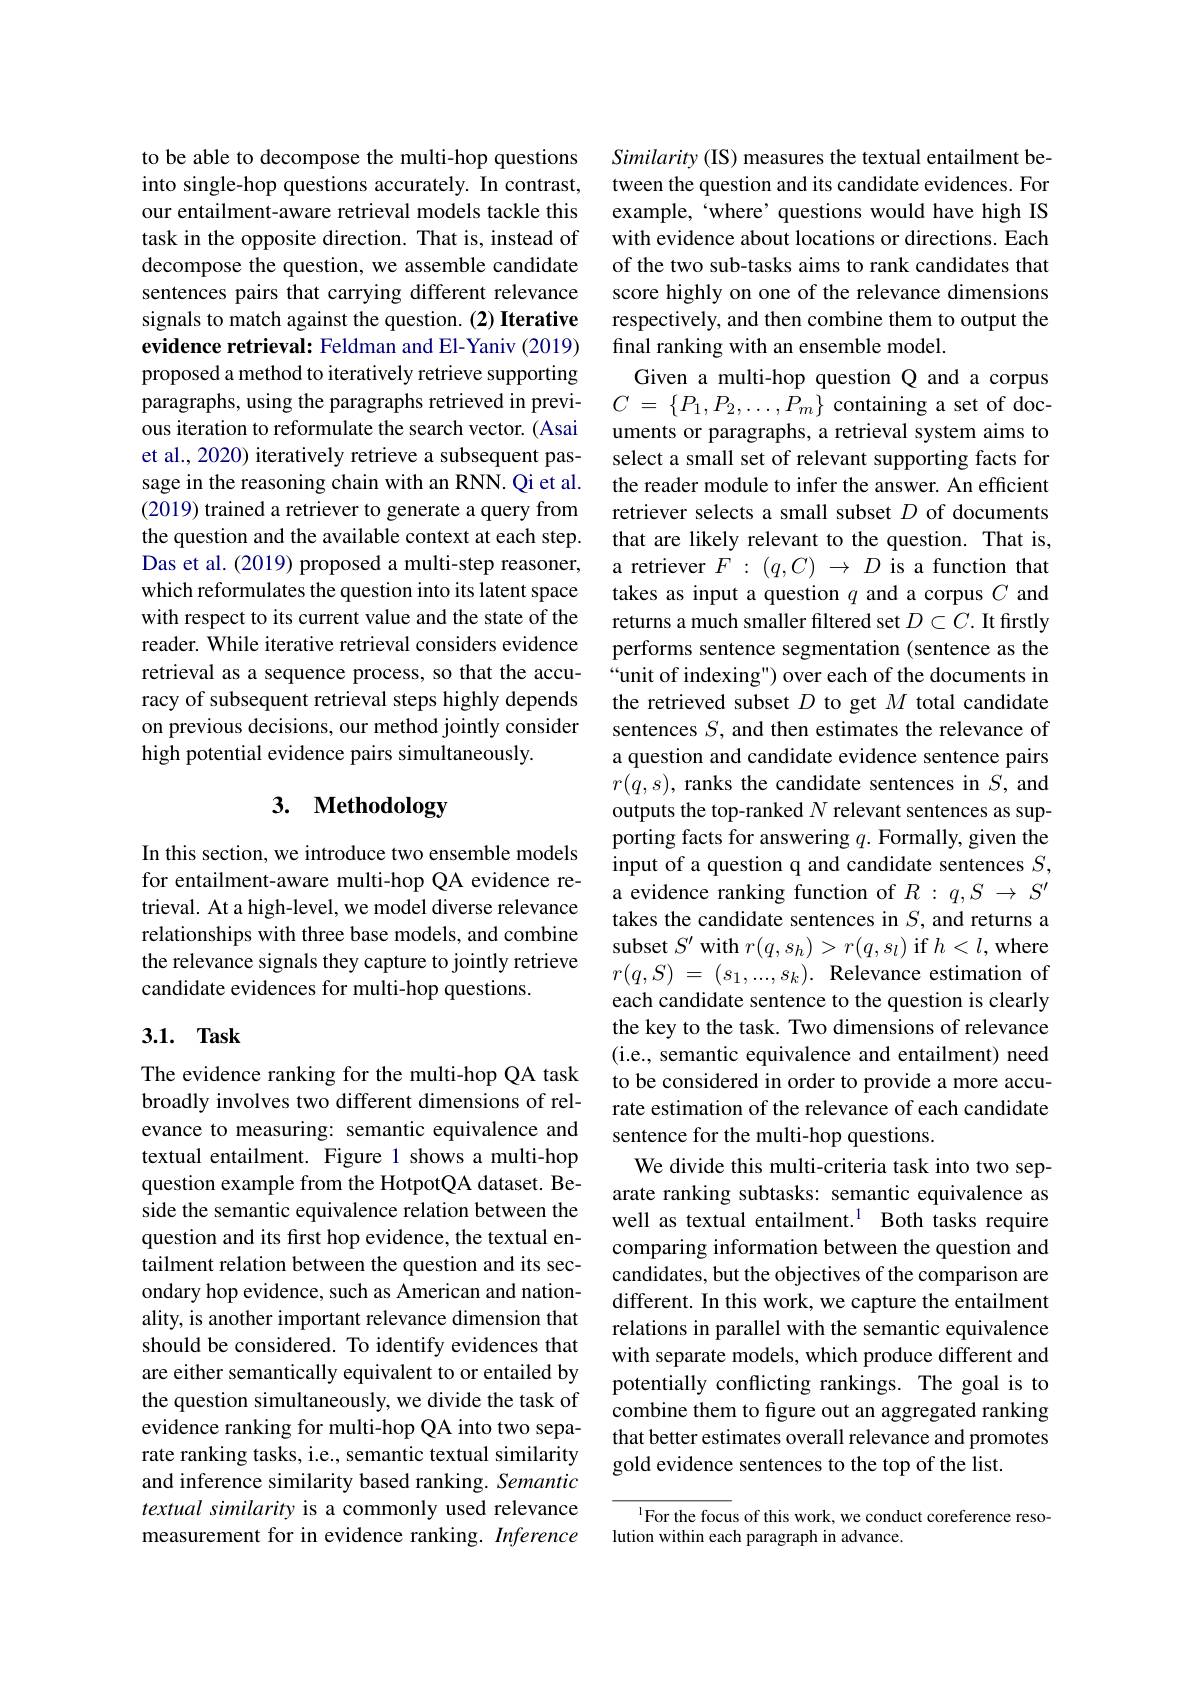
to be able to decompose the multi-hop questions into single-hop questions accurately. In contrast, our entailment-aware retrieval models tackle this task in the opposite direction. That is, instead of decompose the question, we assemble candidate sentences pairs that carrying different relevance signals to match against the question. (2) Iterative evidence retrieval: Feldman and El-Yaniv (2019) proposed a method to iteratively retrieve supporting paragraphs, using the paragraphs retrieved in previous iteration to reformulate the search vector. (Asai et al., 2020) iteratively retrieve a subsequent passage in the reasoning chain with an RNN. Qi et al. (2019) trained a retriever to generate a query from the question and the available context at each step. Das et al. (2019) proposed a multi-step reasoner, which reformulates the question into its latent space with respect to its current value and the state of the reader. While iterative retrieval considers evidence retrieval as a sequence process, so that the accuracy of subsequent retrieval steps highly depends on previous decisions, our method jointly consider high potential evidence pairs simultaneously.

# 3. Methodology

In this section, we introduce two ensemble models for entailment-aware multi-hop QA evidence retrieval. At a high-level, we model diverse relevance relationships with three base models, and combine the relevance signals they capture to jointly retrieve candidate evidences for multi-hop questions.

## 3.1. $\mathbf{Task}$

The evidence ranking for the multi-hop QA task broadly involves two different dimensions of relevance to measuring: semantic equivalence and textual entailment. Figure 1 shows a multi-hop question example from the HotpotQA dataset. Beside the semantic equivalence relation between the question and its first hop evidence, the textual entailment relation between the question and its secondary hop evidence, such as American and nationality, is another important relevance dimension that should be considered. To identify evidences that are either semantically equivalent to or entailed by the question simultaneously, we divide the task of evidence ranking for multi-hop QA into two separate ranking tasks, i.e., semantic textual similarity and inference similarity based ranking. Semantic textual similarity is a commonly used relevance measurement for in evidence ranking. Inference

Similarity (IS) measures the textual entailment between the question and its candidate evidences. For example, ‘where’questions would have high IS with evidence about locations or directions. Each of the two sub-tasks aims to rank candidates that score highly on one of the relevance dimensions respectively, and then combine them to output the final ranking with an ensemble model.
Given a multi-hop question Q and a corpus $C$ = $\{ P_1, P_2, \ldots , P_m\}$ containing a set of documents or paragraphs, a retrieval system aims to select a small set of relevant supporting facts for the reader module to infer the answer. An efficient retriever selects a small subset $D$ of documents that are likely relevant to the question. That is, a retriever $F:(q,C)\to D$ is a function that takes as input a question $q$ and a corpus $C$ and returns a much smaller filtered set $D\subset C.$ It firstly performs sentence segmentation (sentence as the “unit of indexing") over each of the documents in the retrieved subset $D$ to get $M$ total candidate sentences $S$, and then estimates the relevance of a question and candidate evidence sentence pairs $r(q,s)$, ranks the candidate sentences in $S$, and outputs the top-ranked $N$ relevant sentences as supporting facts for answering $q.$ Formally, given the input of a question q and candidate sentences $S$, a evidence ranking function of $R:q,S\to S^{\prime}$ takes the candidate sentences in $S$, and returns a subset $S^\prime$ with $r(q,s_h)>r(q,s_l)$ if $h<l$,where $r(q,S)~=~(s_1,...,s_k).~$Relevance estimation of each candidate sentence to the question is clearly the key to the task. Two dimensions of relevance (i.e., semantic equivalence and entailment) need to be considered in order to provide a more accurate estimation of the relevance of each candidate sentence for the multi-hop questions.
We divide this multi-criteria task into two separate ranking subtasks: semantic equivalence as well as textual entailment.$^{1}$ Both tasks require comparing information between the question and candidates, but the objectives of the comparison are different. In this work, we capture the entailment relations in parallel with the semantic equivalence with separate models, which produce different and potentially conflicting rankings. The goal is to combine them to fgure out an aggregated ranking that better estimates overall relevance and promotes gold evidence sentences to the top of the list.

$^{1}$For the focus of this work, we conduct coreference reso-
lution within each paragraph in advance.